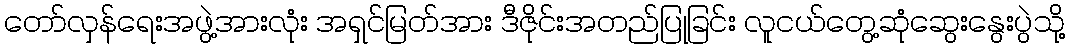
တော်လှန်ရေးအဖွဲ့အားလုံး အရှင်မြတ်အား ဒီဇိုင်းအတည်ပြုခြင်း လူငယ်တွေ့ဆုံဆွေးနွေးပွဲသို့